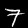
Label: 7